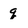
Character: q